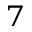
^ { 7 }